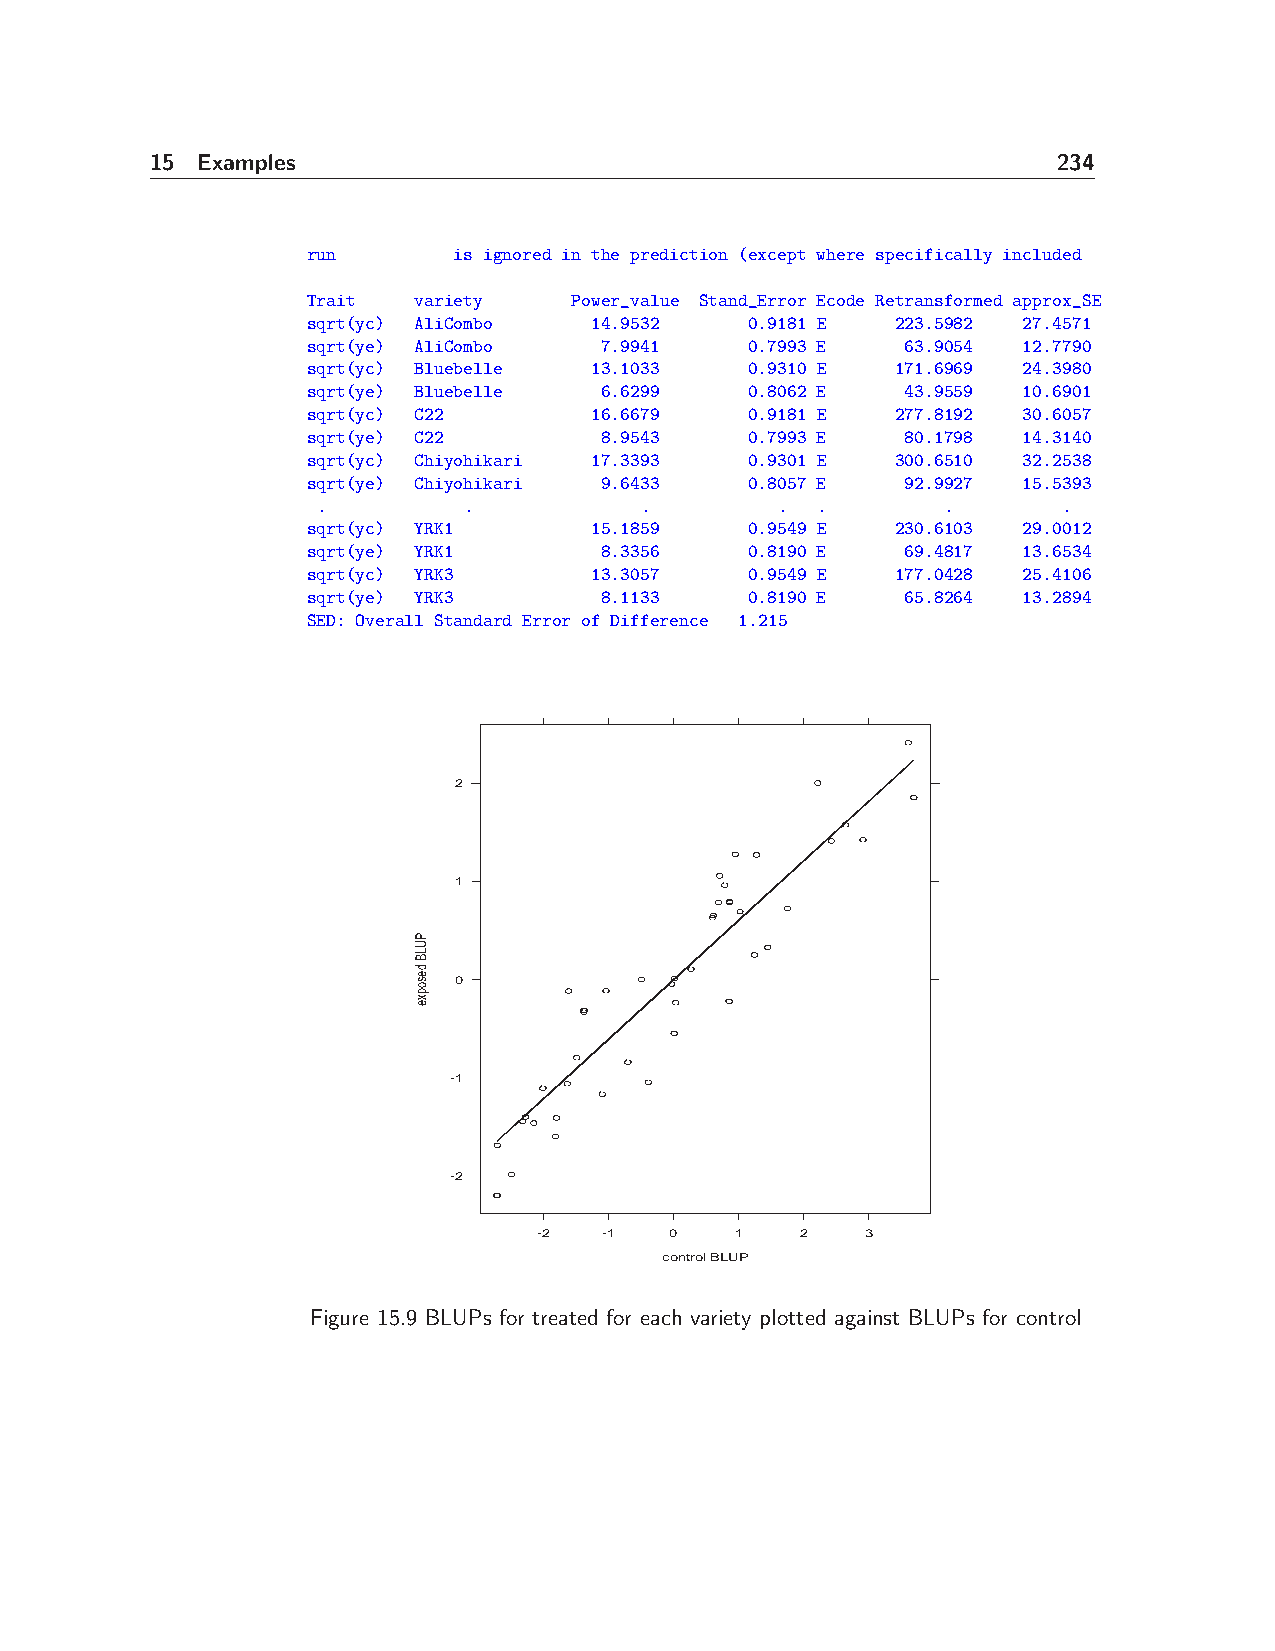
15 Examples                                                 234
 run       is ignored in the prediction (except where specifically included
 Trait  variety    Power_value Stand_Error Ecode Retransformed approx_SE
 sqrt(yc) AliCombo  14.9532    0.9181 E 223.5982 27.4571
 sqrt(ye) AliCombo   7.9941    0.7993 E  63.9054 12.7790
 sqrt(yc) Bluebelle 13.1033    0.9310 E 171.6969 24.3980
 sqrt(ye) Bluebelle  6.6299    0.8062 E  43.9559 10.6901
 sqrt(yc) C22       16.6679    0.9181 E 277.8192 30.6057
 sqrt(ye) C22        8.9543    0.7993 E  80.1798 14.3140
 sqrt(yc) Chiyohikari 17.3393  0.9301 E 300.6510 32.2538
 sqrt(ye) Chiyohikari 9.6433   0.8057 E  92.9927 15.5393
 .         .          .         . .        .      .
 sqrt(yc) YRK1      15.1859    0.9549 E 230.6103 29.0012
 sqrt(ye) YRK1       8.3356    0.8190 E  69.4817 13.6534
 sqrt(yc) YRK3      13.3057    0.9549 E 177.0428 25.4106
 sqrt(ye) YRK3       8.1133    0.8190 E  65.8264 13.2894
 SED: Overall Standard Error of Difference 1.215
 2
 1
 0
 -1
 -2
 -2  -1  0    1   2   3
 control BLUP
 Figure 15.9 BLUPs for treated for each variety plotted against BLUPs for control
 PULB
 desopxe